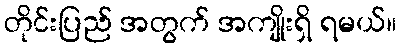
တိုင်းပြည် အတွက် အကျိုးရှိ ရမယ်။